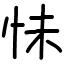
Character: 怽